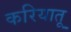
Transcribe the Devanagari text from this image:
करियातू